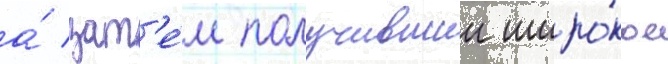
а́ зат'е́м получившии широ́кое